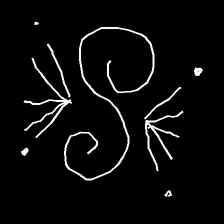
Glyph: aeroform